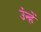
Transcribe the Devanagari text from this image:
उंन्हें